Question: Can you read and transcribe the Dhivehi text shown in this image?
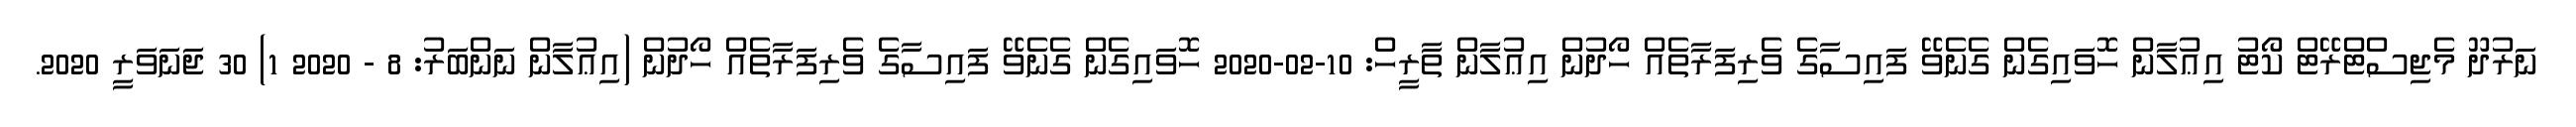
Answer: ނަރުދޫ މެޖިސްޓްރޭޓް ކޯޓު އިޢުލާން ހޮވައިގެން ގެނެވޭ ފައިސާގެ ވެރިފަރާތެއް ހޯދުން އިޢުލާން ތާރީހް: 10-02-2020 ހޮވައިގެން ގެނެވޭ ފައިސާގެ ވެރިފަރާތެއް ހޯދުން (އިޢުލާން ނަންބަރު: 8 - 2020 1) 30 ޖަނަވަރީ 2020.